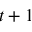
t + 1